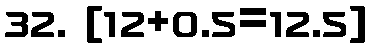
32. [12+0.5=12.5]